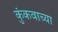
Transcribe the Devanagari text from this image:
कुंकवाच्या